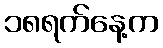
၁၈ရက်နေ့က